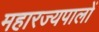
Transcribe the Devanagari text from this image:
महारज्यपालों